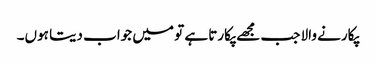
پکارنے والا جب مجھے پکارتا ہے تو میں جواب دیتا ہوں۔